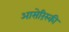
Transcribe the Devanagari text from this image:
आसेरिंस्की